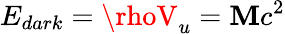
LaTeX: E_{dark}=\rhoV_{u}=\mathbf{M}c^{2}